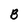
Character: B